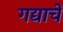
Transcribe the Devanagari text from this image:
गद्याचे